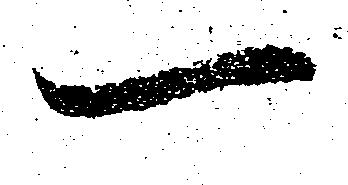
一